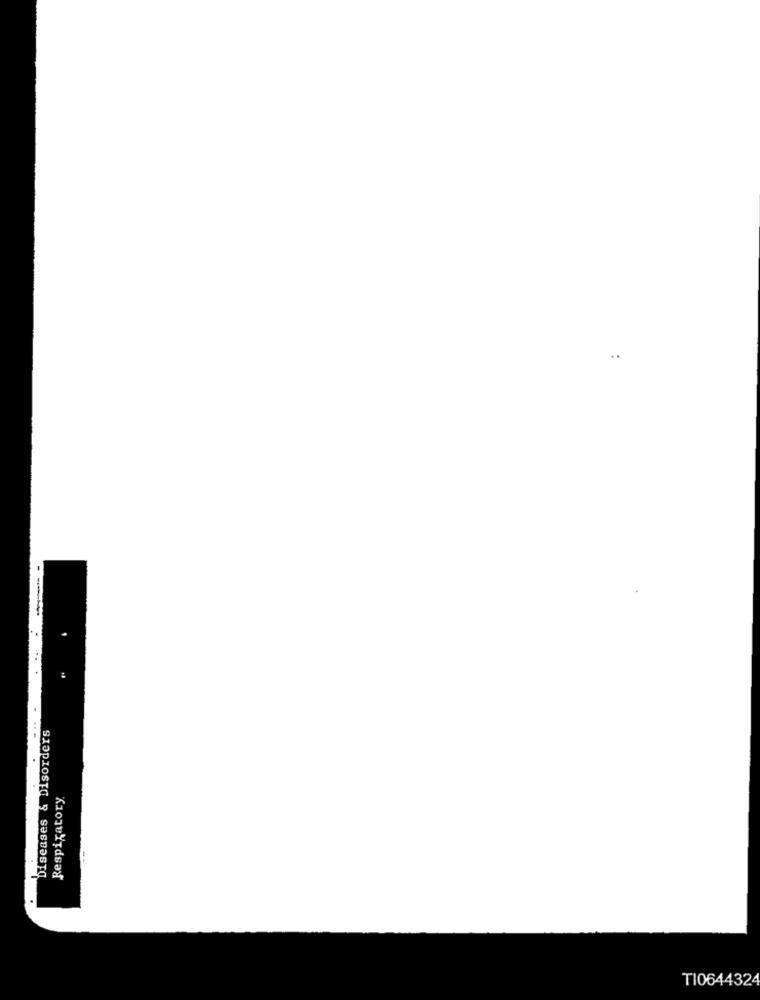
Diseases & Disorders
Respiratory
--
TI0644324